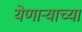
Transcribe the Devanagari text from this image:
येणार्‍याच्या